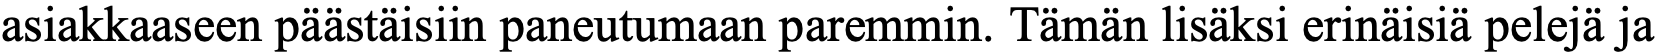
asiakkaaseen päästäisiin paneutumaan paremmin. Tämän lisäksi erinäisiä pelejä ja